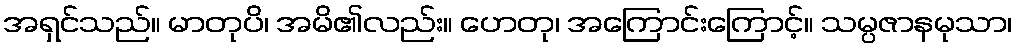
အရှင်သည်။ မာတုပိ၊ အမိ၏လည်း။ ဟေတု၊ အကြောင်းကြောင့်။ သမ္ပဇာနမုသာ၊